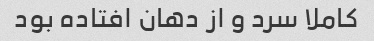
کاملا سرد و از دهان افتاده بود